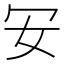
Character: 𠕷